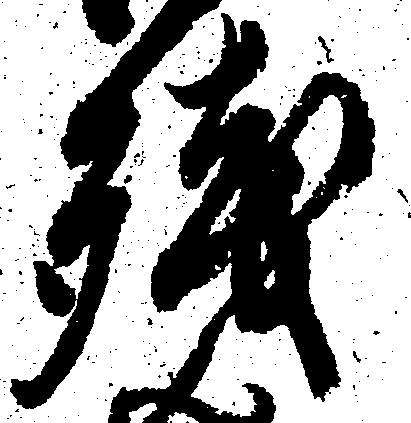
残